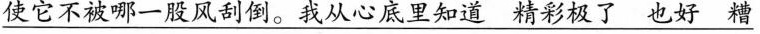
\underline{使它不被哪一股风刮倒。我从心底里知道精彩极了也好糟}